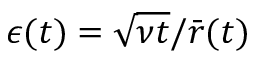
\epsilon ( t ) = \sqrt { \nu t } / { \bar { r } ( t ) }